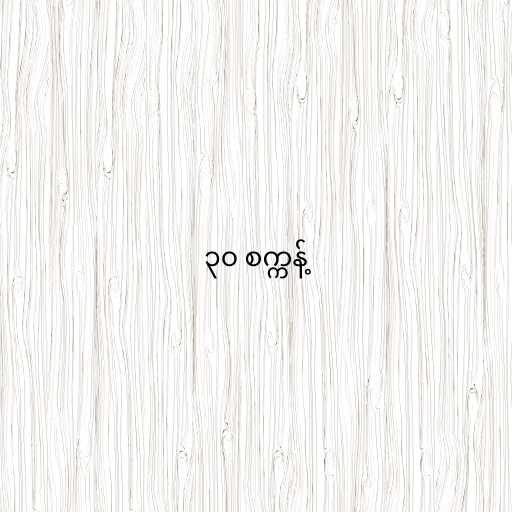
၃၀ စက္ကန့်